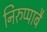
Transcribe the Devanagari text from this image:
निरुप्पाबै